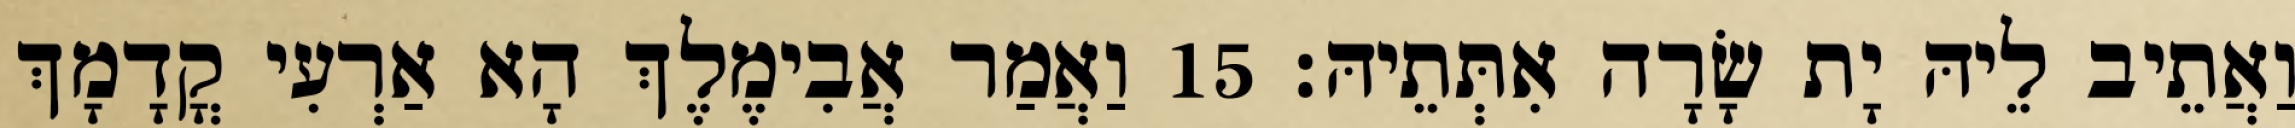
וַאֲתֵיב לֵיהּ יָת שָׂרָה אִתְּתֵיהּ׃ 15 וַאֲמַר אֲבִימֶלֶךְ הָא אַרְעִי קֳדָמָךְ